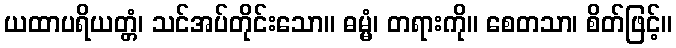
ယထာပရိယတ္တံ၊ သင်အပ်တိုင်းသော။ ဓမ္မံ၊ တရားကို။ စေတသာ၊ စိတ်ဖြင့်။